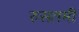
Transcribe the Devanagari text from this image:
रुसतमी